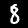
Label: 8